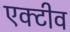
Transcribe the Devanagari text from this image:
एक्टीव